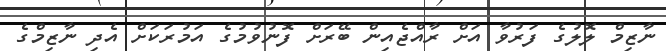
ނާޒިމް ލޮލުގެ ފަރުވާ އަށް ރާއްޖެއިން ބޭރަށް ފޮނުވުމުގެ އަމުރަކަށް އެދި ނާޒިމްގެ